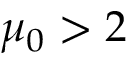
\mu _ { 0 } > 2